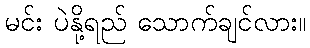
မင်း ပဲနို့ရည် သောက်ချင်လား။